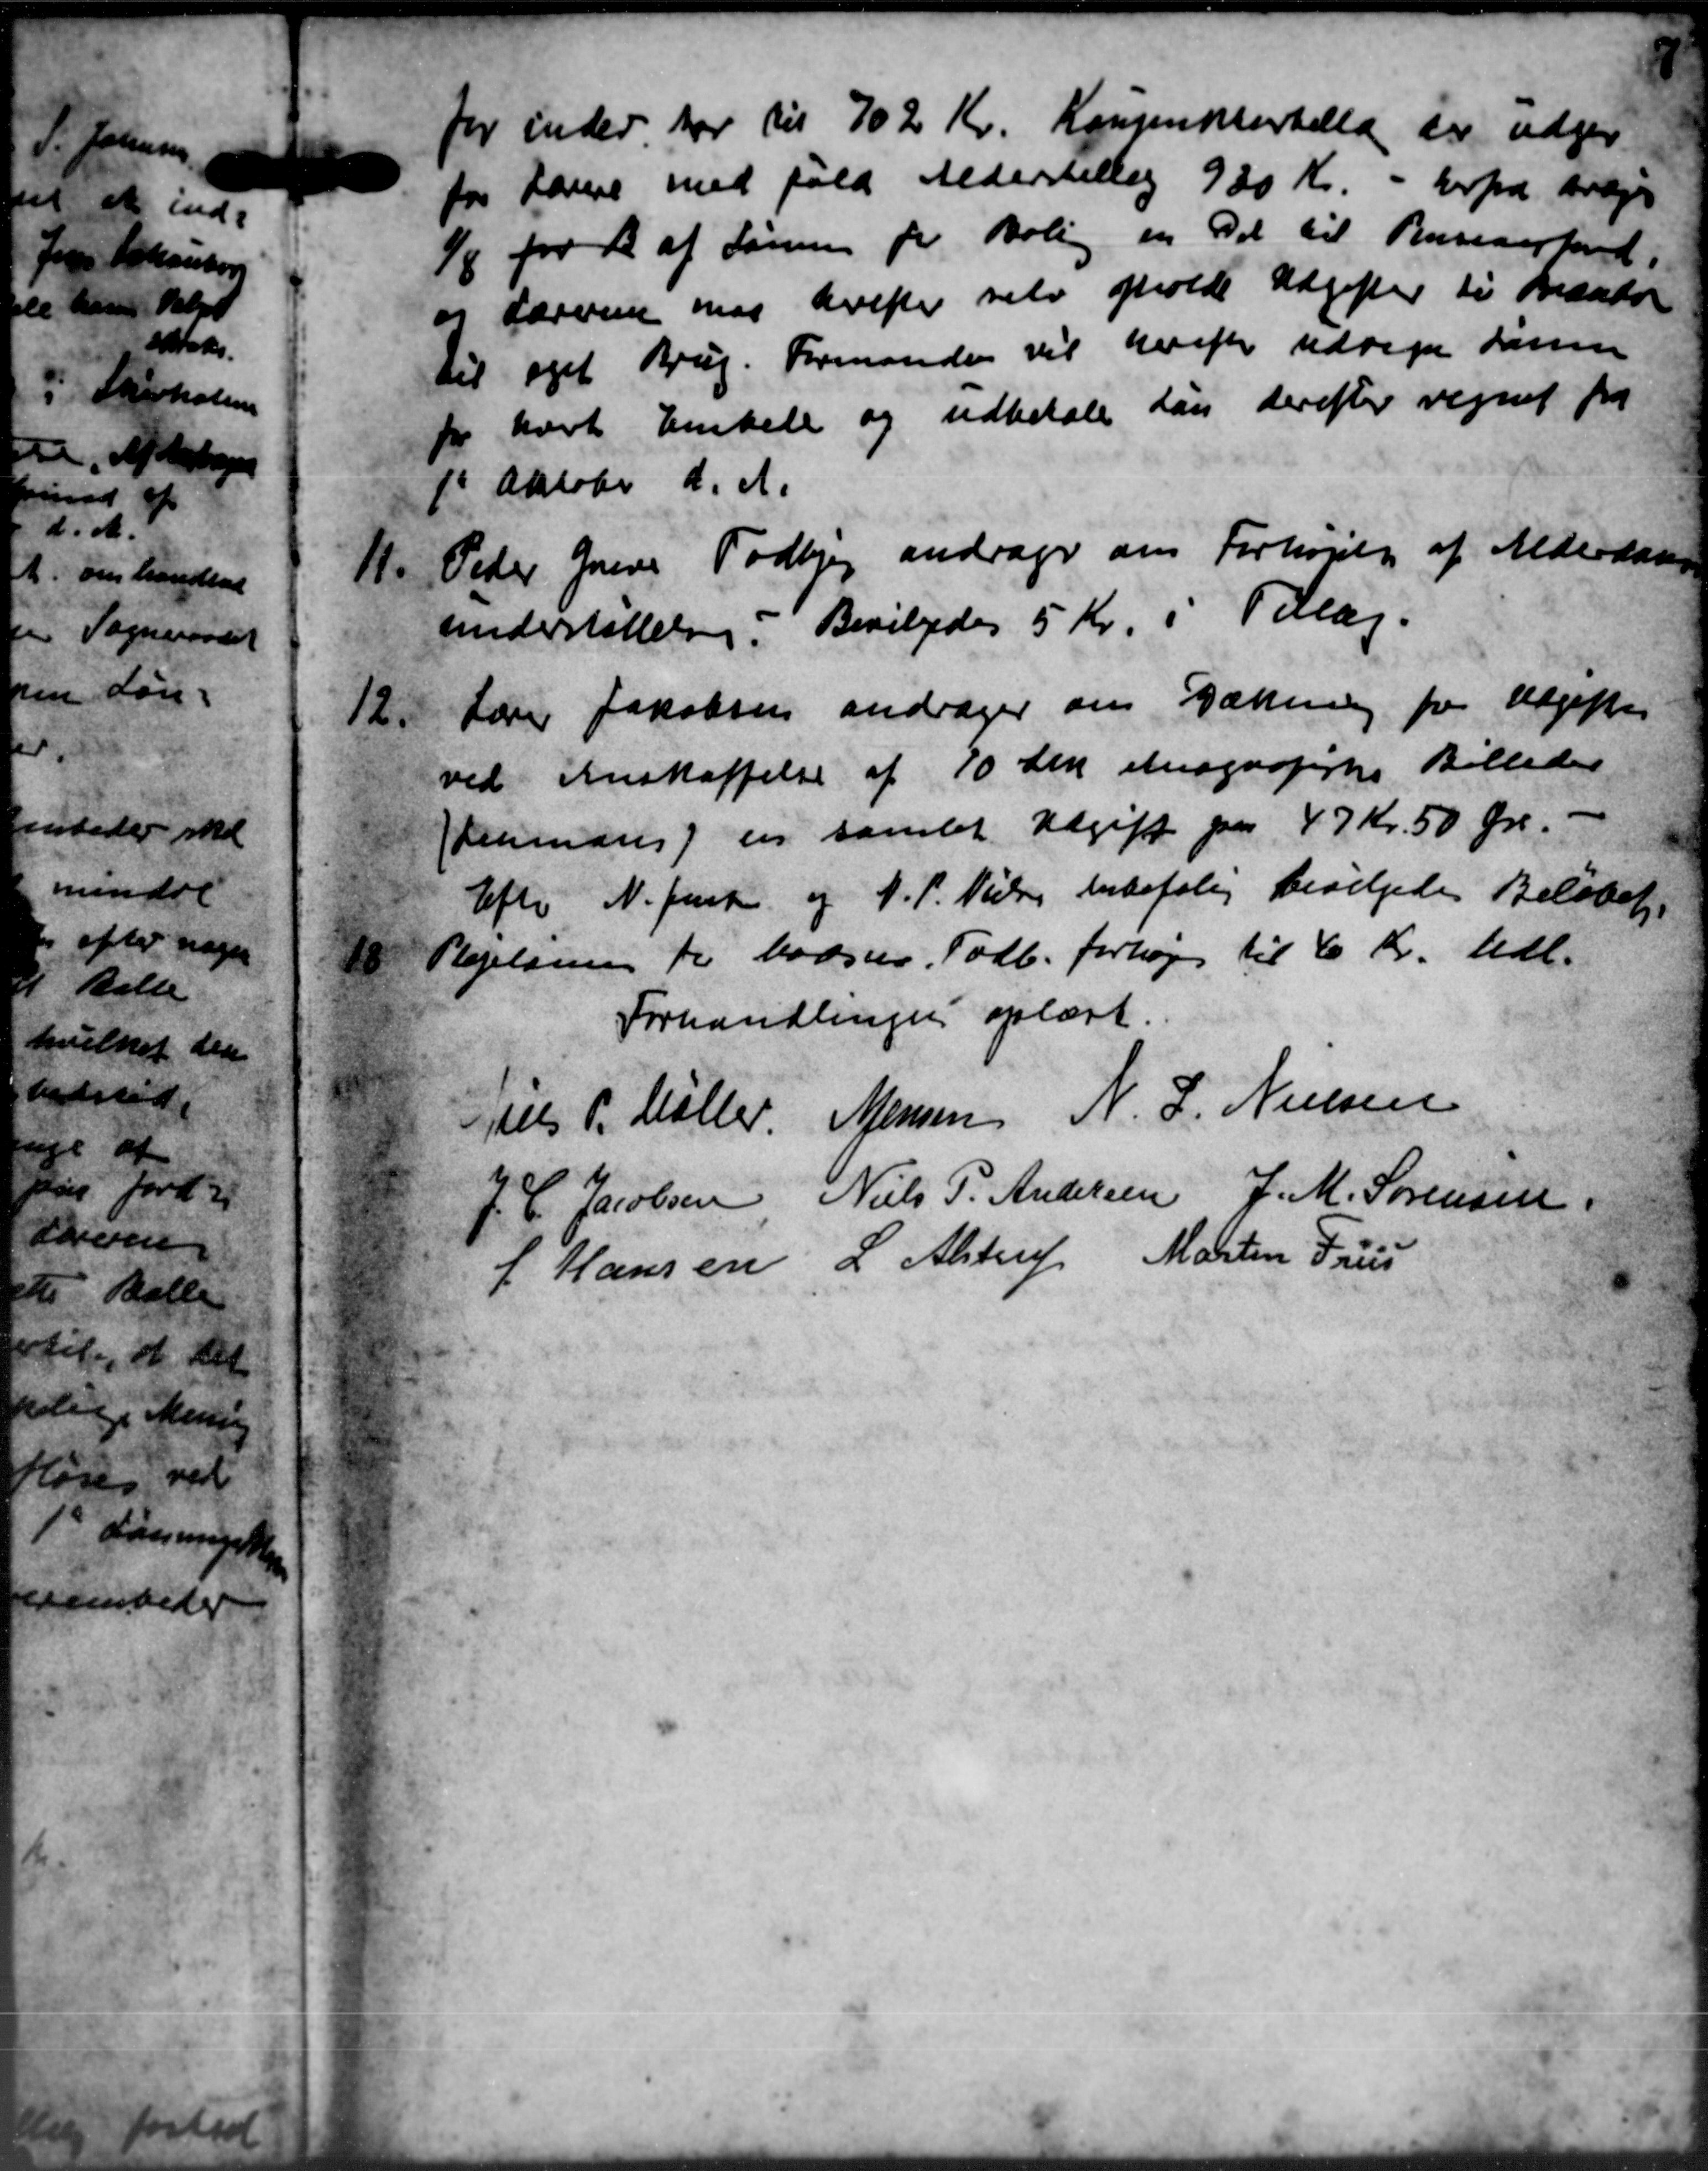
Transskription:
for inder har til 702 Kr. Kongensenskellan er udgiv
for Lærere med fuld Alderskellig 920 Kr. - herfra Krage
1/8 for 1 af Sønnen for Bolig en Del til Randerkend
og Lærerene maa derefter selv afholde Udgifter til Bræstø
til eget Brug. Formanden vil herefter udregne Søren
for havt Enkele og udbetale han derefter regnet fra
1' Oktober d. A.
11.
Peder Greves Todbjerg andrager om Forhøjelse af Alderdom
understøttelse. Bevilgedes 5 Kr. i Tillæg.
12.
Lærer Jakobsen andrager om Dækning fra Udgifter
ved Anskaffelse af 70 Stk. etnografiske Billedes
Hermans en samlet Udgift paa 47 Kr. 50 Øre.
Efter N. Jensen og J. P. Nielsen Anbefalig bevilgedes Beløbet.

Plejelsen for Madsen, Todb. forhøjes til 6 Kr. udl.
Forhandlingen oplæst.
els P. Møller. Mansen N. J. Nielsen
J. C. Jacobsen Niels P. Andersen J. M. Sørensen
L Hansen L. Alstrup Martin Friis